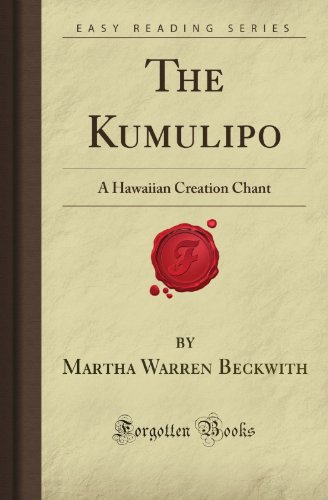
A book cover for The Kumulipo: A Hawaiian Creation Chant (Forgotten Books); Martha Warren Beckwith; History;